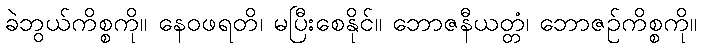
ခဲဘွယ်ကိစ္စကို။ နေဝဖရတိ၊ မပြီးစေနိုင်။ ဘောဇနီယတ္တံ၊ ဘောဇဉ်ကိစ္စကို။